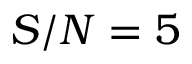
S / N = 5